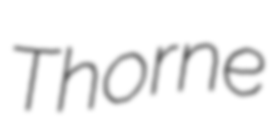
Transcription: Thorne